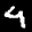
Label: 4